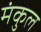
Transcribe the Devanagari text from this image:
मंकुल